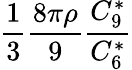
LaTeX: \frac{1}{3}\frac{8\pi\rho}{9}\frac{C_{9}^{*}}{C_{6}^{*}}